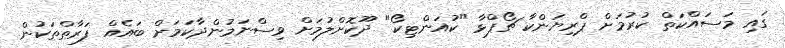
ގައި މަސައްކަތް ކުރުމަށް ޕްރިޔަންކާ ޗޯޕްޅާ "ކުއަންޓިކޯ" ދޫކޮށްލުމަށް ވިސްނަމުންދާކަމަށް ބައެއް ފަރާތްތަކުން